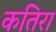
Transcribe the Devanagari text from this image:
कतिरा